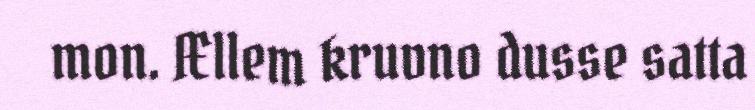
mon. Ællem kruvno dusse satta